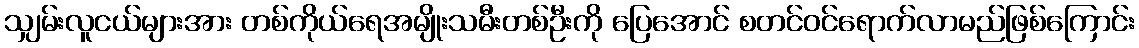
သျှမ်းလူငယ်များအား တစ်ကိုယ်ရေအမျိုးသမီးတစ်ဦးကို ပြေအောင် စတင်ဝင်ရောက်လာမည်ဖြစ်ကြောင်း